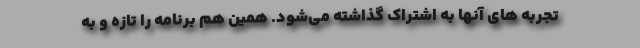
تجربه های آنها به اشتراک گذاشته می‌شود. همین هم برنامه را تازه و به